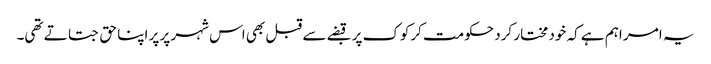
یہ امر اہم ہے کہ خود مختار کرد حکومت کرکوک پر قبضے سے قبل بھی اس شہر پر پر اپنا حق جتاتے تھی۔